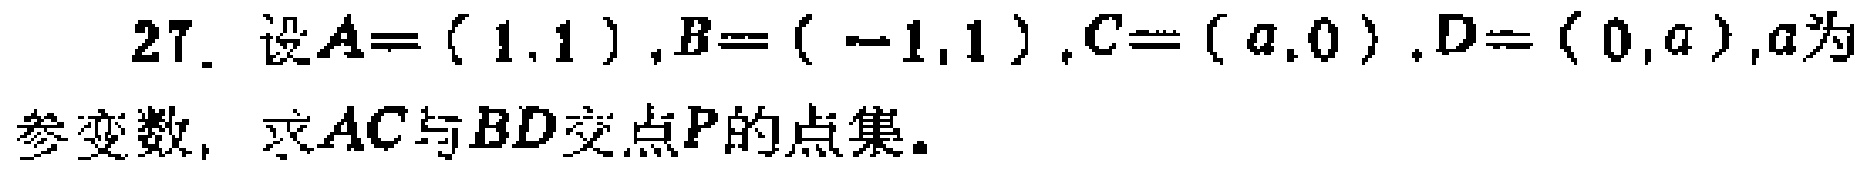
27. 设$A=(1,1),B=(-1,1),C=(a,0),D=(0,a),a$为
参变数，求$AC$与$BD$交点$P$的点集。